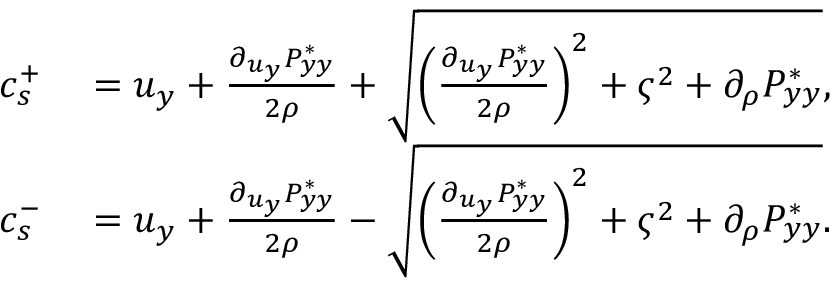
\begin{array} { r l } { c _ { s } ^ { + } } & { { } = u _ { y } + \frac { \partial _ { u _ { y } } P _ { y y } ^ { * } } { 2 \rho } + \sqrt { { \left( \frac { \partial _ { u _ { y } } P _ { y y } ^ { * } } { 2 \rho } \right) } ^ { 2 } + { \varsigma } ^ { 2 } + \partial _ { \rho } P _ { y y } ^ { * } } , } \\ { c _ { s } ^ { - } } & { { } = u _ { y } + \frac { \partial _ { u _ { y } } P _ { y y } ^ { * } } { 2 \rho } - \sqrt { { \left( \frac { \partial _ { u _ { y } } P _ { y y } ^ { * } } { 2 \rho } \right) } ^ { 2 } + { \varsigma } ^ { 2 } + \partial _ { \rho } P _ { y y } ^ { * } } . } \end{array}